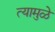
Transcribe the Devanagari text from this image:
त्यामुळे